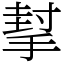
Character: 㨍